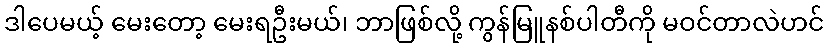
ဒါပေမယ့် မေးတော့ မေးရဦးမယ်၊ ဘာဖြစ်လို့ ကွန်မြူနစ်ပါတီကို မဝင်တာလဲဟင်